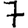
Digit: 7